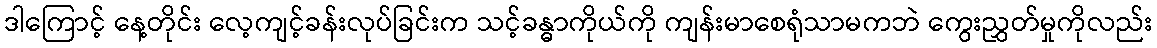
ဒါကြောင့် နေ့တိုင်း လေ့ကျင့်ခန်းလုပ်ခြင်းက သင့်ခန္ဓာကိုယ်ကို ကျန်းမာစေရုံသာမကဘဲ ကွေးညွှတ်မှုကိုလည်း